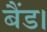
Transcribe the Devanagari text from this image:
बैंड।